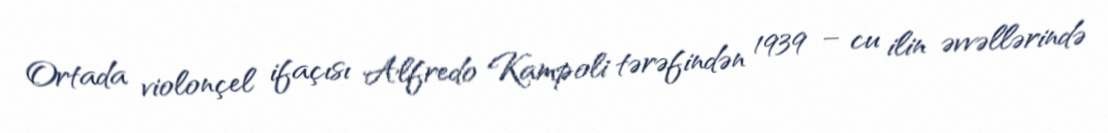
Ortada violonçel ifaçısı Alfredo Kampoli tərəfindən 1939 – cu ilin əvvəllərində